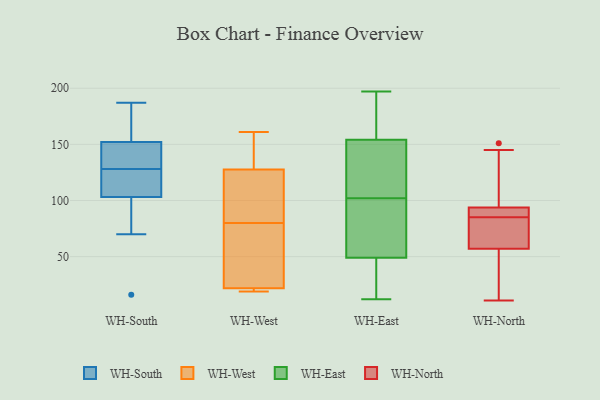
{"axis": {"x": "LTV (USD)", "y": "Value"}, "legend": ["WH-East", "WH-North", "WH-South", "WH-West"], "data": [{"x": "", "y": 70, "type": "WH-South"}, {"x": "", "y": 186, "type": "WH-South"}, {"x": "", "y": 128, "type": "WH-South"}, {"x": "", "y": 83, "type": "WH-South"}, {"x": "", "y": 187, "type": "WH-South"}, {"x": "", "y": 116, "type": "WH-South"}, {"x": "", "y": 118, "type": "WH-South"}, {"x": "", "y": 16, "type": "WH-South"}, {"x": "", "y": 131, "type": "WH-South"}, {"x": "", "y": 128, "type": "WH-South"}, {"x": "", "y": 185, "type": "WH-South"}, {"x": "", "y": 114, "type": "WH-South"}, {"x": "", "y": 98, "type": "WH-South"}, {"x": "", "y": 152, "type": "WH-South"}, {"x": "", "y": 146, "type": "WH-South"}, {"x": "", "y": 103, "type": "WH-South"}, {"x": "", "y": 160, "type": "WH-South"}, {"x": "", "y": 143, "type": "WH-South"}, {"x": "", "y": 148, "type": "WH-West"}, {"x": "", "y": 139, "type": "WH-West"}, {"x": "", "y": 24, "type": "WH-West"}, {"x": "", "y": 161, "type": "WH-West"}, {"x": "", "y": 21, "type": "WH-West"}, {"x": "", "y": 88, "type": "WH-West"}, {"x": "", "y": 80, "type": "WH-West"}, {"x": "", "y": 19, "type": "WH-West"}, {"x": "", "y": 21, "type": "WH-West"}, {"x": "", "y": 49, "type": "WH-West"}, {"x": "", "y": 93, "type": "WH-West"}, {"x": "", "y": 91, "type": "WH-West"}, {"x": "", "y": 149, "type": "WH-West"}, {"x": "", "y": 21, "type": "WH-West"}, {"x": "", "y": 48, "type": "WH-West"}, {"x": "", "y": 197, "type": "WH-East"}, {"x": "", "y": 192, "type": "WH-East"}, {"x": "", "y": 153, "type": "WH-East"}, {"x": "", "y": 69, "type": "WH-East"}, {"x": "", "y": 111, "type": "WH-East"}, {"x": "", "y": 176, "type": "WH-East"}, {"x": "", "y": 93, "type": "WH-East"}, {"x": "", "y": 46, "type": "WH-East"}, {"x": "", "y": 127, "type": "WH-East"}, {"x": "", "y": 111, "type": "WH-East"}, {"x": "", "y": 12, "type": "WH-East"}, {"x": "", "y": 85, "type": "WH-East"}, {"x": "", "y": 89, "type": "WH-East"}, {"x": "", "y": 137, "type": "WH-East"}, {"x": "", "y": 188, "type": "WH-East"}, {"x": "", "y": 20, "type": "WH-East"}, {"x": "", "y": 30, "type": "WH-East"}, {"x": "", "y": 52, "type": "WH-East"}, {"x": "", "y": 155, "type": "WH-East"}, {"x": "", "y": 42, "type": "WH-East"}, {"x": "", "y": 87, "type": "WH-North"}, {"x": "", "y": 151, "type": "WH-North"}, {"x": "", "y": 85, "type": "WH-North"}, {"x": "", "y": 79, "type": "WH-North"}, {"x": "", "y": 145, "type": "WH-North"}, {"x": "", "y": 57, "type": "WH-North"}, {"x": "", "y": 94, "type": "WH-North"}, {"x": "", "y": 21, "type": "WH-North"}, {"x": "", "y": 93, "type": "WH-North"}, {"x": "", "y": 11, "type": "WH-North"}, {"x": "", "y": 57, "type": "WH-North"}]}